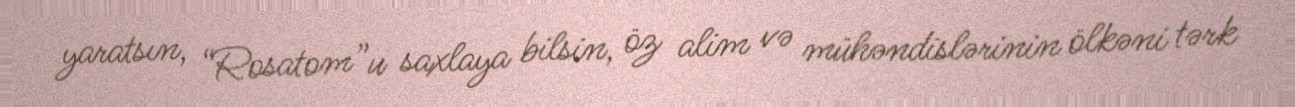
yaratsın, “Rosatom”u saxlaya bilsin, öz alim və mühəndislərinin ölkəni tərk